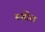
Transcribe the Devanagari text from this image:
सग़ीरा